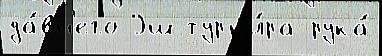
да́вн'его Эш турн'и́ра рука́